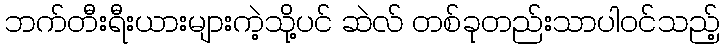
ဘက်တီးရီးယားများကဲ့သို့ပင် ဆဲလ် တစ်ခုတည်းသာပါဝင်သည့်